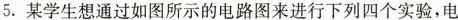
5.某学生想通过如图所示的电路图来进行下列四个实验，电